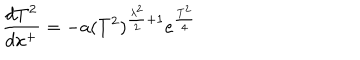
\frac { d T ^ { 2 } } { d x ^ { + } } = - a ( T ^ { 2 } ) ^ { \frac { \lambda ^ { 2 } } { 2 } + 1 } e ^ { \frac { T ^ { 2 } } { 4 } }